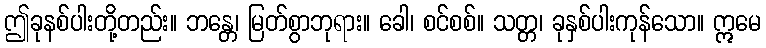
ဤခုနစ်ပါးတို့တည်း။ ဘန္တေ၊ မြတ်စွာဘုရား။ ခေါ၊ စင်စစ်။ သတ္တ၊ ခုနှစ်ပါးကုန်သော။ ဣမေ